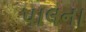
પાલના